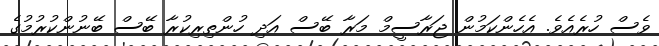
ވެސް ހުރެއެވެ. އެހެންކަމުން ޖަރާސީމް މަރާ ބޭސް އަދި ހުންތިރިކުރާ ބޭސް ބޭނުންކުރުމުގެ